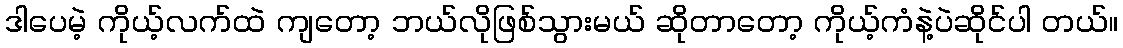
ဒါပေမဲ့ ကိုယ့်လက်ထဲ ကျတော့ ဘယ်လိုဖြစ်သွားမယ် ဆိုတာတော့ ကိုယ့်ကံနဲ့ပဲဆိုင်ပါ တယ်။